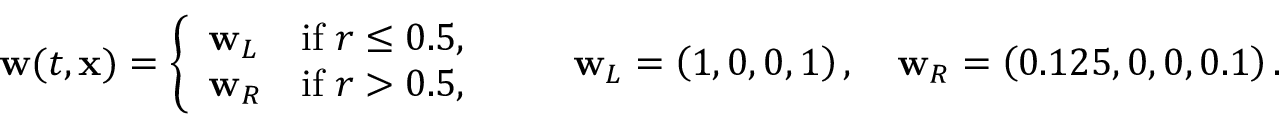
\mathbf { w } ( t , \mathbf { x } ) = \left\lbrace \begin{array} { l r } { \mathbf { w } _ { L } } & { \mathrm { i f } \; r \le 0 . 5 , } \\ { \mathbf { w } _ { R } } & { \mathrm { i f } \; r > 0 . 5 , } \end{array} \right. \qquad \mathbf { w } _ { L } = \left( 1 , 0 , 0 , 1 \right) , \quad \mathbf { w } _ { R } = \left( 0 . 1 2 5 , 0 , 0 , 0 . 1 \right) .